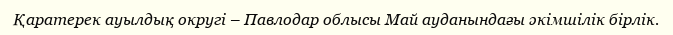
Қаратерек ауылдық округі – Павлодар облысы Май ауданындағы әкімшілік бірлік.